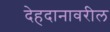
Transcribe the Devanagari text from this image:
देहदानावरील